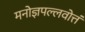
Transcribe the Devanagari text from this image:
मनोज्ञपल्लवोत्तं